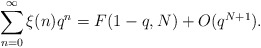
\begin{align*}\sum_{n=0}^\infty \xi(n)q^n = F(1-q,N) + O(q^{N+1}). \end{align*}